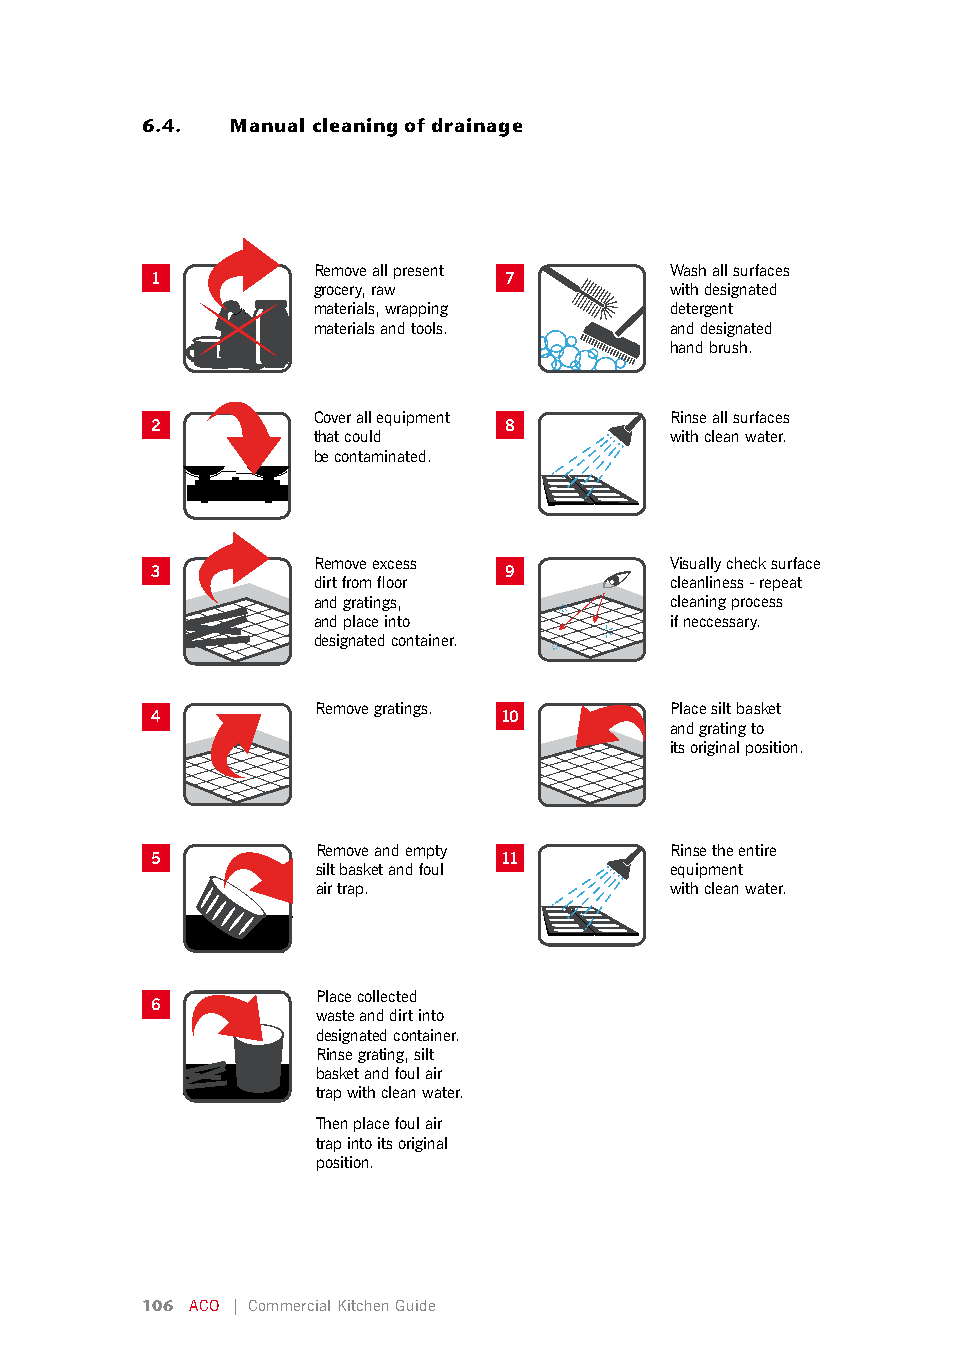
6.4.  Manual cleaning of drainage
 Remove all present     Wash all surfaces
 1                      7
 grocery, raw           with designated
 materials, wrapping    detergent
 materials and tools.   and designated
 hand brush.
 Cover all equipment    Rinse all surfaces
 2                      8
 that could             with clean water.
 be contaminated.
 Remove excess          Visually check surface
 3                      9
 dirt from floor        cleanliness - repeat
 and gratings,          cleaning process
 and place into         if neccessary.
 designated container.
 Remove gratings.       Place silt basket
 4                      10
 and grating to
 its original position.
 Remove and empty       Rinse the entire
 5                      11
 silt basket and foul   equipment
 air trap.              with clean water.
 Place collected
 6
 waste and dirt into
 designated container.
 Rinse grating, silt
 basket and foul air
 trap with clean water.
 Then place foul air
 trap into its original
 position.
 106 ACO | Commercial Kitchen Guide